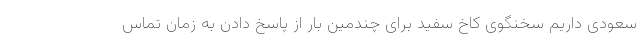
سعودی داریم سخنگوی کاخ سفید برای چندمین بار از پاسخ دادن به زمان تماس